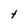
Character: t